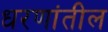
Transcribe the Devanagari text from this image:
धरणांतील